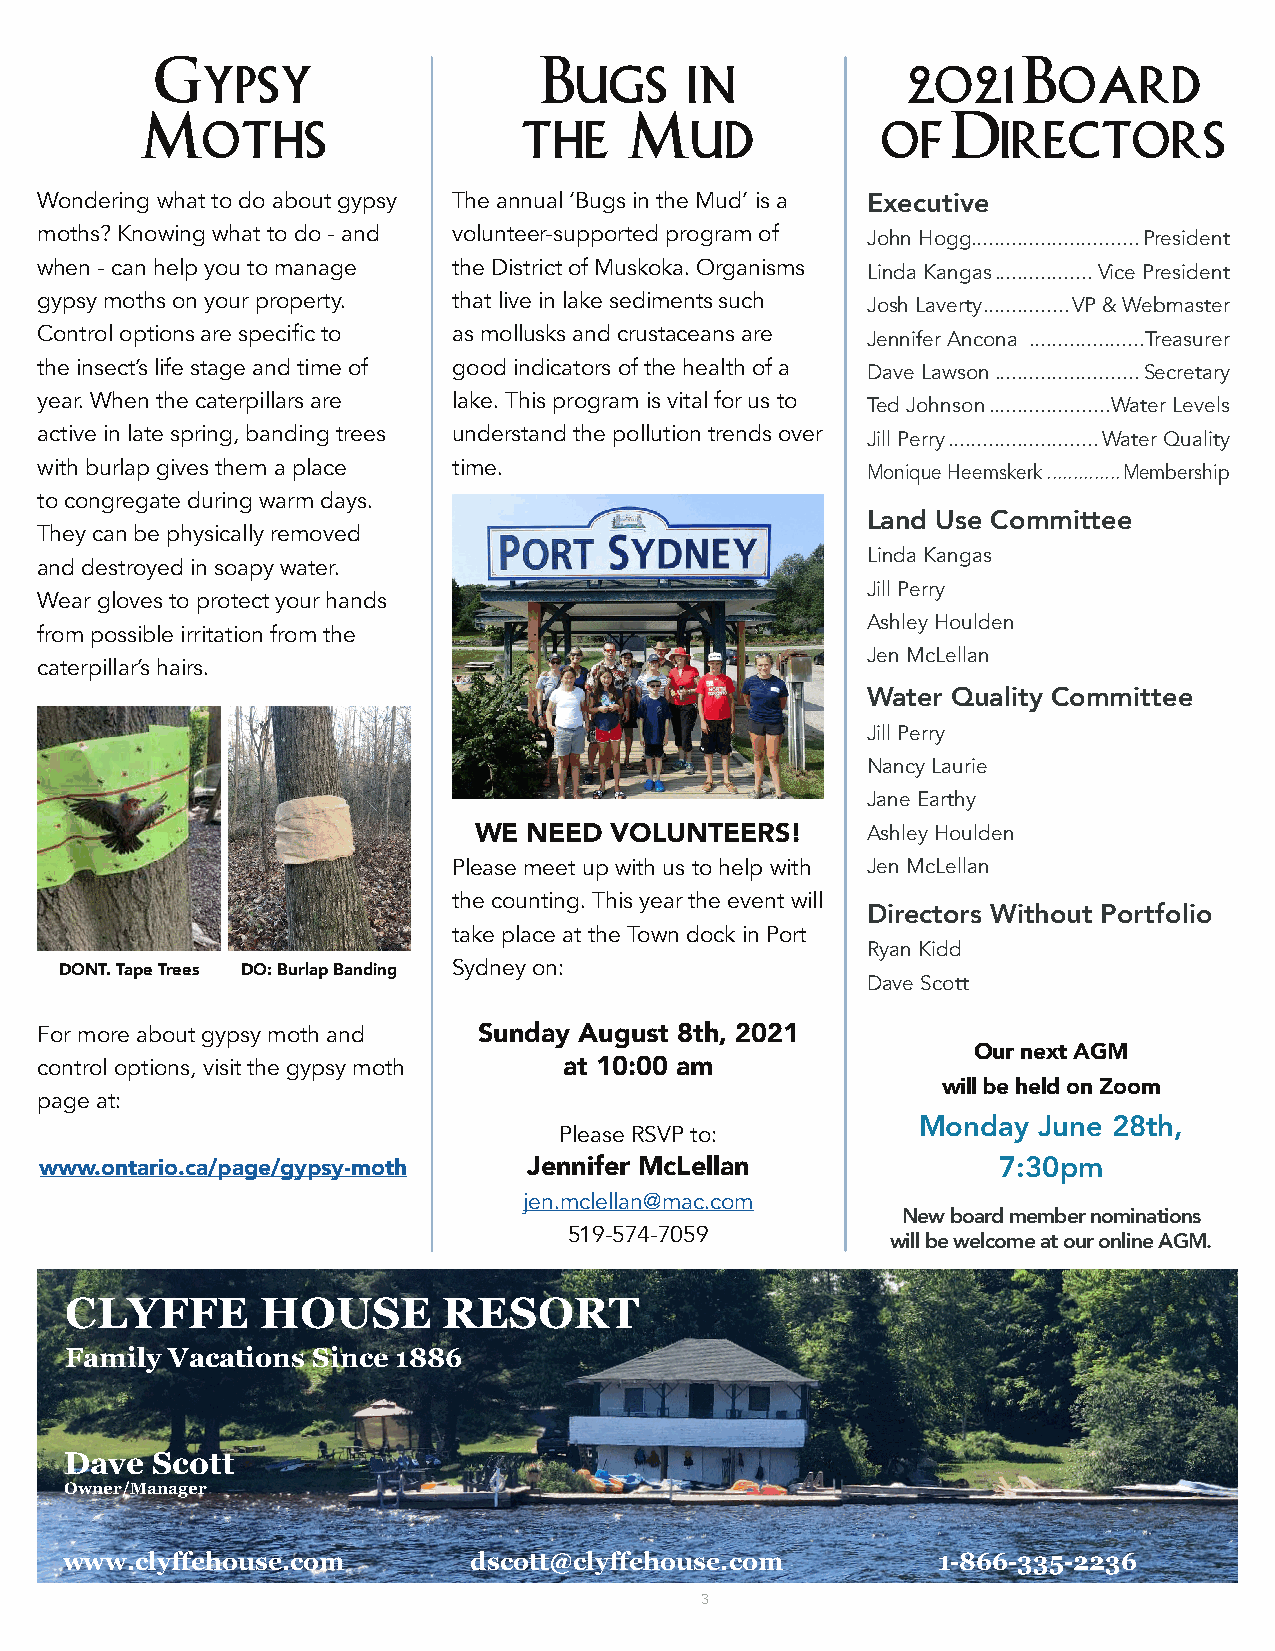
Gypsy                     Bugs      in            2021    Board
 Moths                     the    Mud             of   Directors
 Wondering what to do about gypsy The annual ‘Bugs in the Mud’ is a Executive
 moths? Knowing what to do - and volunteer-supported program of John Hogg .............................President
 when - can help you to manage the District of Muskoka. Organisms Linda Kangas .................Vice President
 gypsy moths on your property. that live in lake sediments such Josh Laverty ...............VP & Webmaster
 Control options are specific to as mollusks and crustaceans are Jennifer Ancona ....................Treasurer
 the insect’s life stage and time of good indicators of the health of a Dave Lawson .........................Secretary
 year. When the caterpillars are lake. This program is vital for us to Ted Johnson .....................Water Levels
 active in late spring, banding trees understand the pollution trends over Jill Perry ..........................Water Quality
 with burlap gives them a place time.                   Monique Heemskerk ..............Membership
 to congregate during warm days.
 Land Use Committee
 They can be physically removed
 Linda Kangas
 and destroyed in soapy water.
 Jill Perry
 Wear gloves to protect your hands
 Ashley Houlden
 from possible irritation from the
 Jen McLellan
 caterpillar’s hairs.
 Water Quality Committee
 Jill Perry
 Nancy Laurie
 Jane Earthy
 WE  NEED VOLUNTEERS!      Ashley Houlden
 Please meet up with us to help with Jen McLellan
 the counting. This year the event will
 Directors Without Portfolio
 take place at the Town dock in Port
 Ryan Kidd
 Sydney on:
 DONT. Tape Trees DO: Burlap Banding
 Dave Scott
 For more about gypsy moth and Sunday August 8th, 2021
 Our next AGM
 control options, visit the gypsy moth at 10:00 am
 will be held on Zoom
 page at:
 Monday  June 28th,
 Please RSVP to:
 www.ontario.ca/page/gypsy-moth  Jennifer McLellan              7:30pm
 jen.mclellan@mac.com
 New board member nominations
 519-574-7059
 will be welcome at our online AGM.
 CLYFFE       HOUSE       RESORT
 Family Vacations Since 1886
 Dave  Scott
 Owner/Manager
 www.clyffehouse.com        dscott@clyffehouse.com         1-866-335-2236
 3